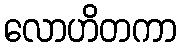
လောဟိတကာ